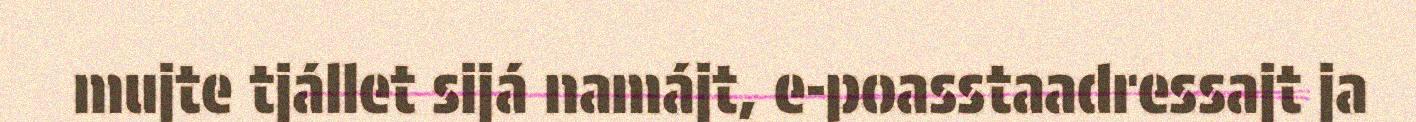
mujte tjállet sijá namájt, e-poasstaadressajt ja